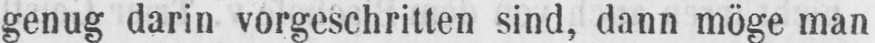
genug darin vorgeschritten sind, dann möge man